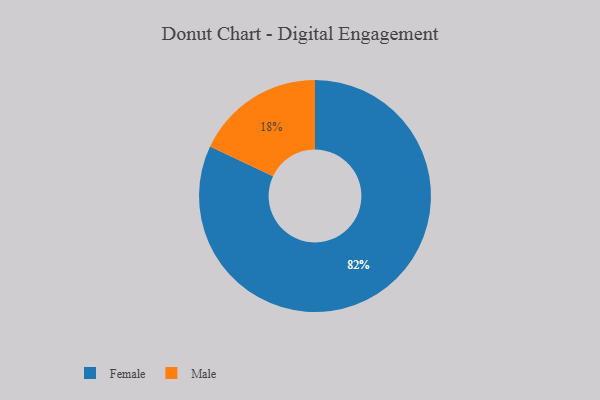
{"axis": {"x": "Category", "y": "Percentage"}, "legend": ["Female", "Male"], "data": [{"x": "Female", "y": 82, "type": "Female"}, {"x": "Male", "y": 18, "type": "Male"}]}